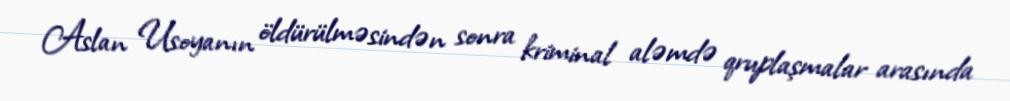
Aslan Usoyanın öldürülməsindən sonra kriminal aləmdə qruplaşmalar arasında